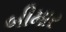
બીમાર